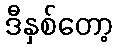
ဒီနှစ်တော့